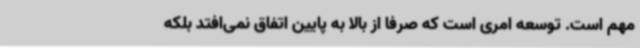
مهم است. توسعه امری است که صرفا از بالا به پایین اتفاق نمی‌افتد بلکه